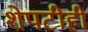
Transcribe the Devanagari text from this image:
शेपटीही